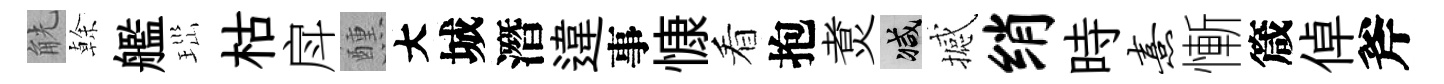
觥𠏉艦𤤼枯戽醺大城潛違事慷看抱煑减撼绡時熹慚箴倬斧